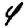
Digit: 4